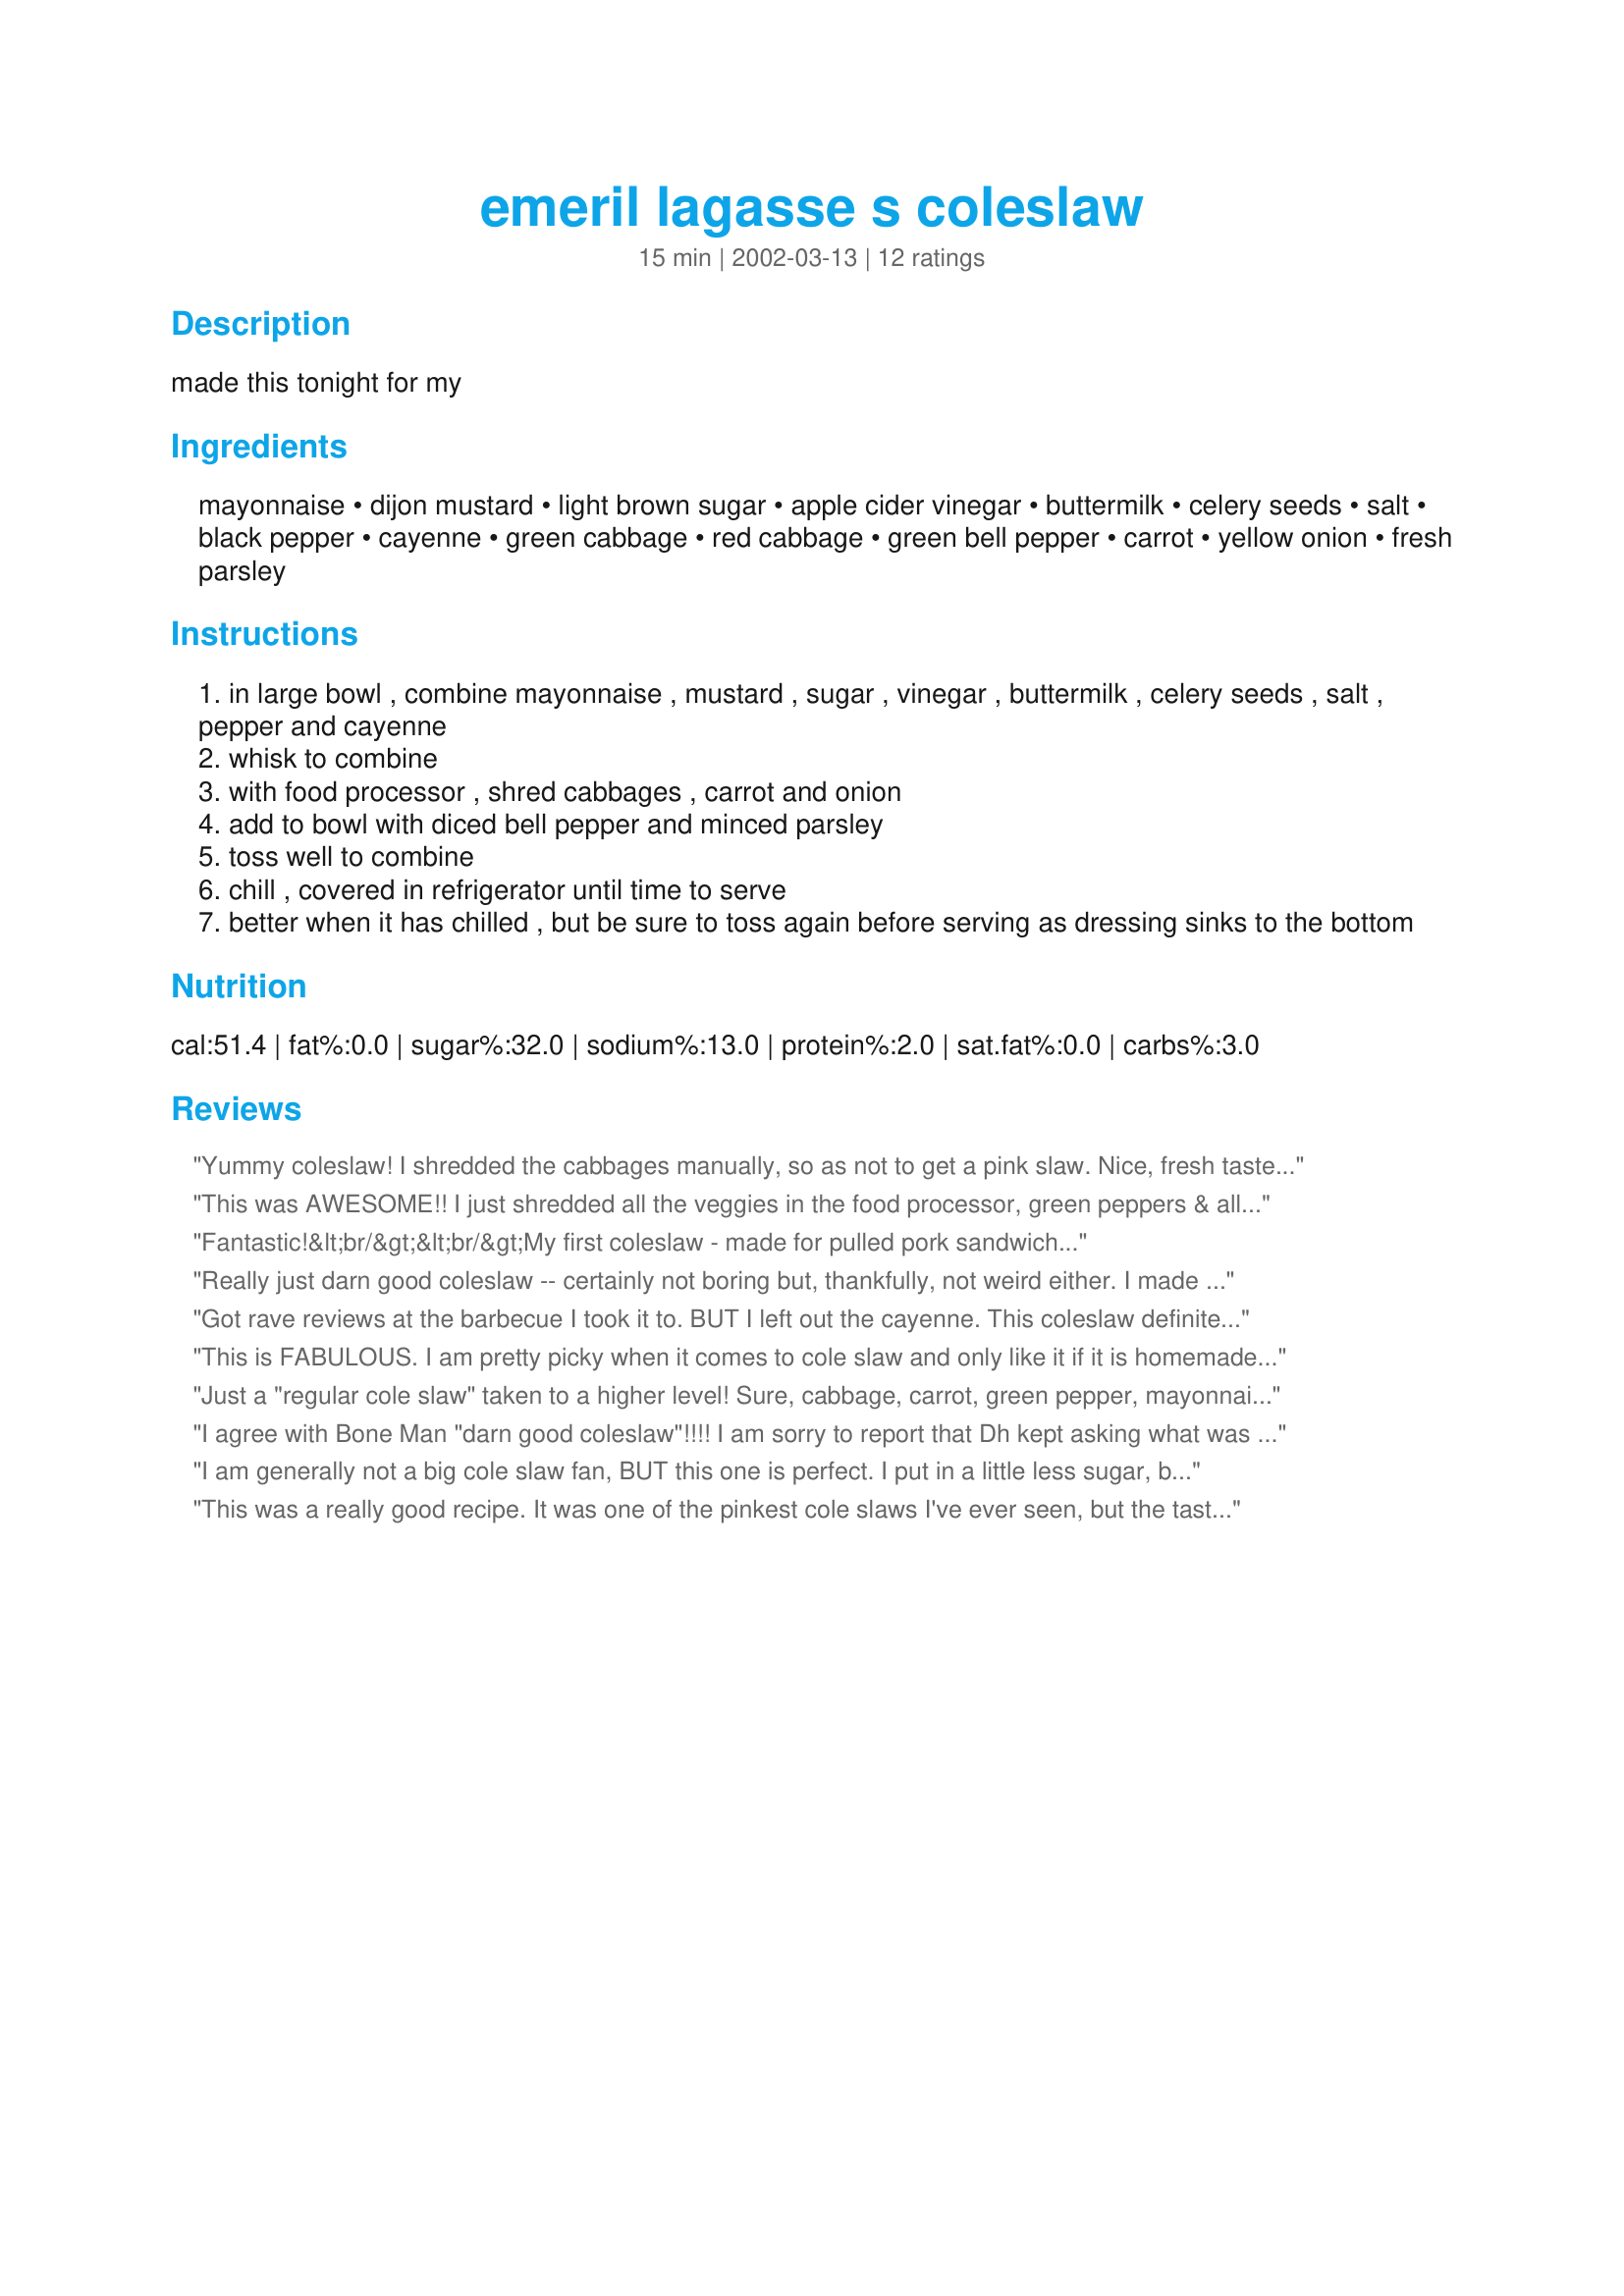
emeril lagasse s coleslaw
Preparation time: 15 minutes

made this tonight for my

Ingredients:
mayonnaise, dijon mustard, light brown sugar, apple cider vinegar, buttermilk, celery seeds, salt, black pepper, cayenne, green cabbage, red cabbage, green bell pepper, carrot, yellow onion, fresh parsley

Steps:
in large bowl , combine mayonnaise , mustard , sugar , vinegar , buttermilk , celery seeds , salt , pepper and cayenne
whisk to combine
with food processor , shred cabbages , carrot and onion
add to bowl with diced bell pepper and minced parsley
toss well to combine
chill , covered in refrigerator until time to serve
better when it has chilled , but be sure to toss again before serving as dressing sinks to the bottom

Reviews:
Yummy coleslaw! I shredded the cabbages manually, so as not to get a pink slaw. Nice, fresh taste! Thanks Amber!
This was AWESOME!! I just shredded all the veggies in the food processor, green peppers & all, and combined. What a great flavor! I used a little less mayo due to personal preference. I also used Grey Poupon mustard. Just delicious!(Looked beautiful too!) This is my new cole slaw recipe from now on!! I think it's the cayenne pepper that gives it a real zing!!
Fantastic!&lt;br/&gt;&lt;br/&gt;My first coleslaw - made for pulled pork sandwiches.&lt;br/&gt;&lt;br/&gt;This reminded me of a favourite recipe - Whole Foods Sonoma Chicken Salad - maybe because of the combination of mayo, slight sweetness, and an overall fresh, cool, just rich enough feeling.&lt;br/&gt;&lt;br/&gt;My only issue was using old old old celery seeds from the spice cabinet - and I just read that old celery seeds acquire a bitter taste.
Really just darn good coleslaw -- certainly not boring but, thankfully, not weird either. I made it just as it says and at the end, after tasting it, I I added two teaspoons full of sugar which suited our palattes a bit more.
Thanks for posting, Amber!
Got rave reviews at the barbecue I took it to. BUT I left out the cayenne. This coleslaw definitely has enough bite without it. I also added 3 T. brown sugar because the apple cider vinegar seemed to outweigh everything else until I added more sugar. I used 1/2 a shallot instead of 1/2 c. of onion, and entirely left out the green pepper. It was really good, everybody begged for the recipe!
This is FABULOUS. I am pretty picky when it comes to cole slaw and only like it if it is homemade (can't take the store bought) The flavors in this are wonderful! I have made this about 5 times now since finding your recipe here on Zaar! Everyone loves it! I will always make coleslaw like this from now on. The only change I made was to lighten up on the brown sugar.... Thanks Amber Dawn!
Just a "regular cole slaw" taken to a higher level! Sure, cabbage, carrot, green pepper, mayonnaise, sounds pretty ordinary, right? NOT! The extra ingredients, dijon mustard, apple cider vinegar, celery seed, cayenne, etc. are in perfect balance. I added the grated onion to the dressing because I thought that was the best way to distribute them equally through the salad. I used yogurt instead of the buttermilk. The parsley is a really nice finish. If I am making a "traditional" cole slaw, this is certainly the way I will make it. Thank you Amber Dawn, for posting!
I agree with Bone Man "darn good coleslaw"!!!! I am sorry to report that Dh kept asking what was in it. I knew that something was up. He did not care for the Cayenne Pepper. Which I "could" easily leave out next time. BUT I told Dh he better get use to it as he would be seeing this coleslaw often. Great recipe Amber Dawn. Now if you could just give me a recipe to take care of the picky eaters of this world. LOL
I am generally not a big cole slaw fan, BUT this one is perfect. I put in a little less sugar, because I don't like sweet slaw, and it was so good. We put it on top of pulled pork sandwiches and it was truly a hit. Red cabbage is not an option here. It is a must. Sprinkle a little coarse salt over it! Great!
This was a really good recipe. It was one of the pinkest cole slaws I've ever seen, but the taste was just how I like my cole slaw. I'm adding it to my favorites!
This was terrific tasting. Even my teenaged son said it was the best part of the dinner! I changed the quanities to four servings and used a bag of pre-shredded cole slaw. The dijon with the brown sugar and buttermilk makes a great flavor. Served this with crab cakes and broccoli rice.
Roxygirl
This was really, really good until I added the yellow onion, then it overpowered the rest. So I would make it again, but without the onion or with much less.
